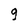
Character: 9